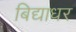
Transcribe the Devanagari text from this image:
बिद्याधर